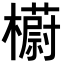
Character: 𣞨